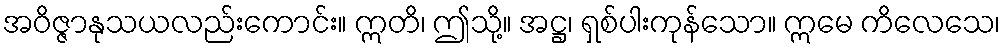
အဝိဇ္ဇာနုသယလည်းကောင်း။ ဣတိ၊ ဤသို့။ အဋ္ဌ၊ ရှစ်ပါးကုန်သော။ ဣမေ ကိလေသေ၊